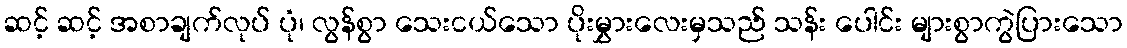
ဆင့် ဆင့် အစာချက်လုပ် ပုံ၊ လွန်စွာ သေးငယ်သော ပိုးမွှားလေးမှသည် သန်း ပေါင်း များစွာကွဲပြားသော